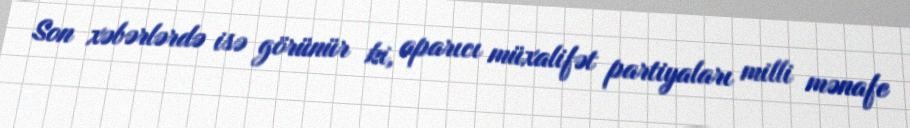
Son xəbərlərdə isə görünür ki, aparıcı müxalifət partiyaları milli mənafe